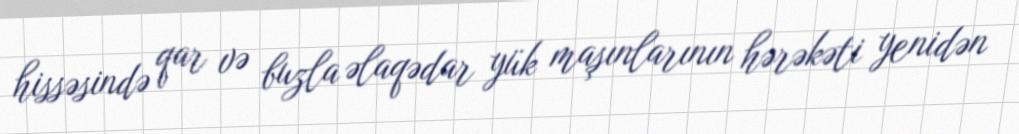
hissəsində qar və buzla əlaqədar yük maşınlarının hərəkəti yenidən